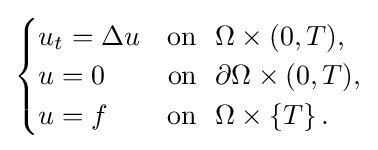
{\begin{cases}u_{t}=\Delta u&{\textrm {on}}\ \ \Omega \times (0,T),\\u=0&{\textrm {on}}\ \ \partial \Omega \times (0,T),\\u=f&{\textrm {on}}\ \ \Omega \times \left\{T\right\}.\end{cases}}